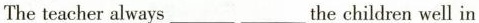
The teacher always_____the children well in